Plague in India, 1896, 1897 - Volume 1
Year: 1896
Disease focus: Plague
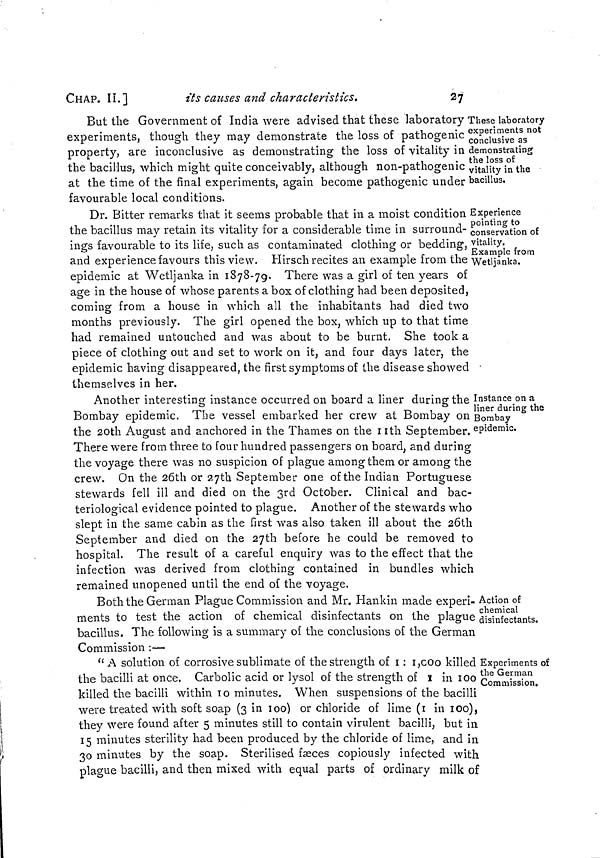
CHAP. II.]
its causes and characteristics.
27
These laboratory
experiments not
conclusive as
demonstrating
the loss of
vitality in the
bacillus.
But the Government of India were advised that these laboratory
experiments, though they may demonstrate the loss of pathogenic
property, are inconclusive as demonstrating the loss of vitality in
the bacillus, which might quite conceivably, although non-pathogenic
at the time of the final experiments, again become pathogenic under
favourable local conditions.
Experience
pointing to
conservation of
vitality.
Example from
Wetljanka.
Dr. Bitter remarks that it seems probable that in a moist condition
the bacillus may retain its vitality for a considerable time in surround-
ings favourable to its life, such as contaminated clothing or bedding,
and experience favours this view. Hirsch recites an example from the
epidemic at Wetljanka in 1878-79. There was a girl of ten years of
age in the house of whose parents a box of clothing had been deposited,
coming from a house in which all the inhabitants had died two
months previously. The girl opened the box, which up to that time
had remained untouched and was about to be burnt. She took a
piece of clothing out and set to work on it, and four days later, the
epidemic having disappeared, the first symptoms of the disease showed
themselves in her.
Instance on a
liner during the
Bombay
epidemic.
Another interesting instance occurred on board a liner during the
Bombay epidemic. The vessel embarked her crew at Bombay on
the 20th August and anchored in the Thames on the 11th September.
There were from three to four hundred passengers on board, and during
the voyage there was no suspicion of plague among them or among the
crew. On the 26th or 27th September one of the Indian Portuguese
stewards fell ill and died on the 3rd October. Clinical and bac-
teriological evidence pointed to plague. Another of the stewards who
slept in the same cabin as the first was also taken ill about the 26th
September and died on the 27th before he could be removed to
hospital. The result of a careful enquiry was to the effect that the
infection was derived from clothing contained in bundles which
remained unopened until the end of the voyage.
Action of
chemical
disinfectants.
Both the German Plague Commission and Mr. Hankin made experi-
ments to test the action of chemical disinfectants on the plague
bacillus. The following is a summary of the conclusions of the German
Commission :—
Experiments of
the German
Commission.
" A solution of corrosive sublimate of the strength of 1 :1,000 killed
the bacilli at once. Carbolic acid or lysol of the strength of 1 in 100
killed the bacilli within 10 minutes. When suspensions of the bacilli
were treated with soft soap (3 in 100) or chloride of lime (1 in 100),
they were found after 5 minutes still to contain virulent bacilli, but in
15 minutes sterility had been produced by the chloride of lime, and in
30 minutes by the soap. Sterilised fæces copiously infected with
plague bacilli, and then mixed with equal parts of ordinary milk of